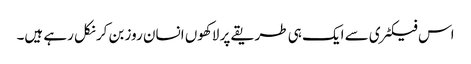
اس فیکٹری سے ایک ہی طریقے پر لاکھوں انسان روز بن کر نکل رہے ہیں۔